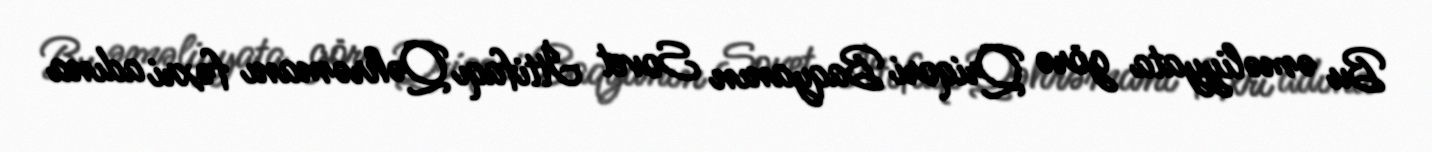
Bu əməliyyata görə Qriqori Baqyanın Sovet İttifaqı Qəhrəmanı fəxri adına